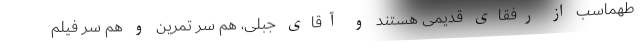
طهماسب از رفقای قدیمی هستند و آقای جبلی، هم سر تمرین و هم سر فیلم